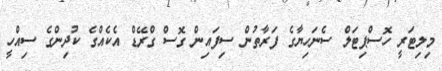
މިލިޓަރީ ހޮސްޕިޓަލް ސެނަހިޔާގެ ފަރާތުން ސިފައިން ގޮސް ގްރޭޑް އެކެއްގެ ކުދިންގެ ސިއްހީ